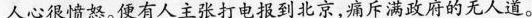
人心很愤怒。便有人主张打电报到北京,痛斥满政府的无人道。